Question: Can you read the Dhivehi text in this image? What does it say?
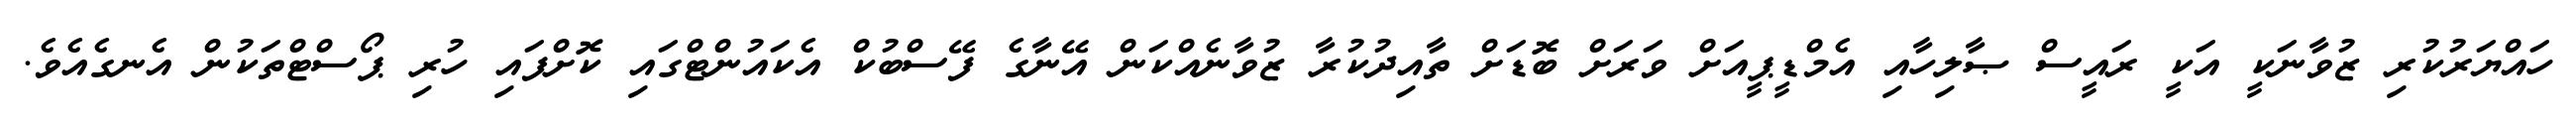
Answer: ހައްޔަރުކުރި ޒުވާނަކީ އަކީ ރައީސް ޞާލިހާއި އެމްޑީޕީއަށް ވަރަށް ބޮޑަށް ތާއިދުކުރާ ޒުވާނެއްކަން އޭނާގެ ފޭސްބުކް އެކައުންޓްގައި ކޮށްފައި ހުރި ޕޯސްޓްތަކުން އެނގެއެވެ.